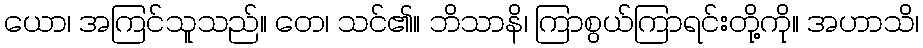
ယော၊ အကြင်သူသည်။ တေ၊ သင်၏။ ဘိသာနိ၊ ကြာစွယ်ကြာရင်းတို့ကို။ အဟာသိ၊